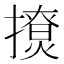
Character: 𰔬